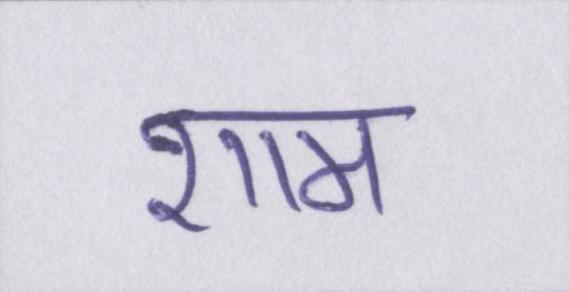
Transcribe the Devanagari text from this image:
शाम